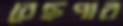
বেছপার